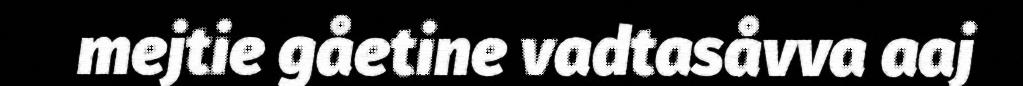
mejtie gåetine vadtasåvva aaj